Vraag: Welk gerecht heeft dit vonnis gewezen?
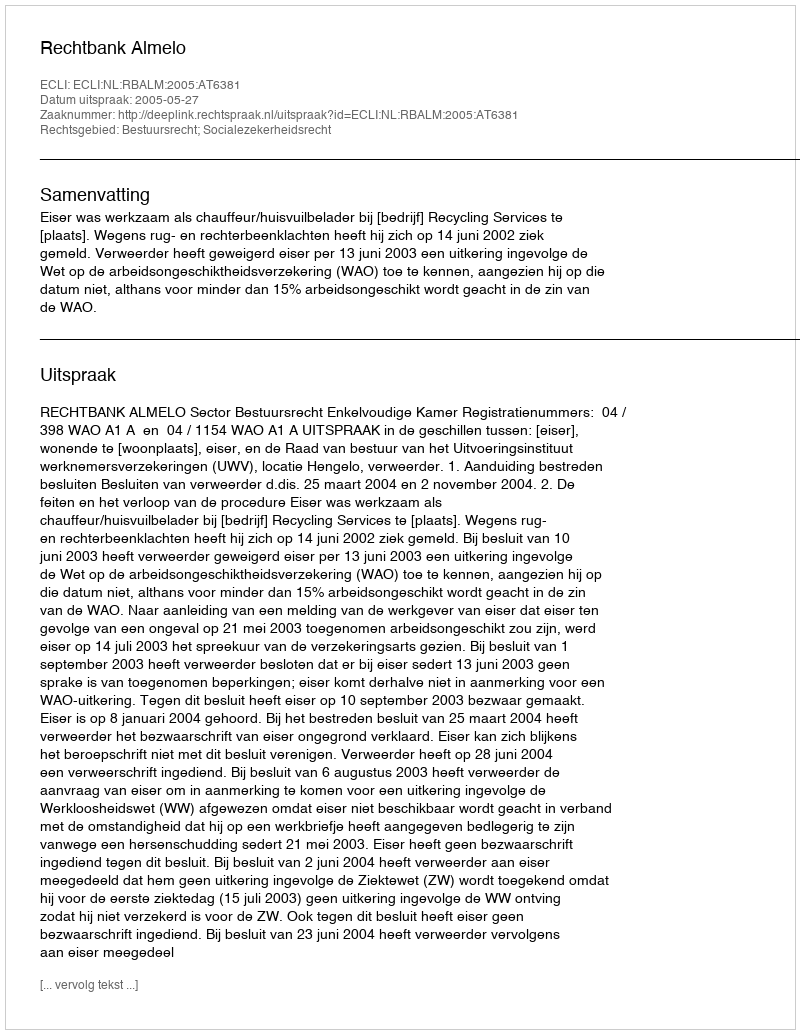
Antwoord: Rechtbank Almelo